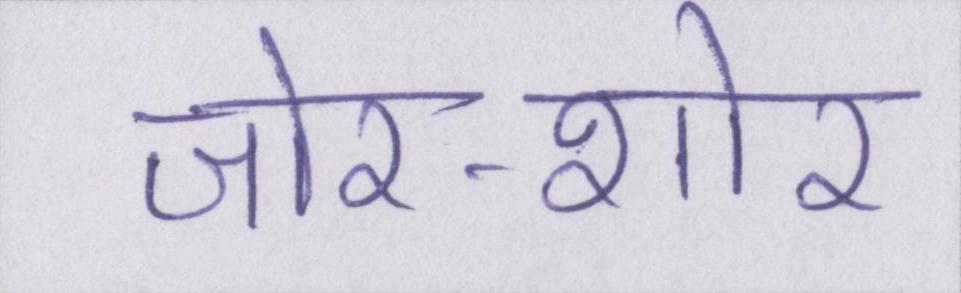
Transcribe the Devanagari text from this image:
जोर-शोर